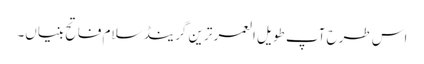
اس طرح آپ طویل العمر ترین گرینڈ سلام فاتح بنیاں۔